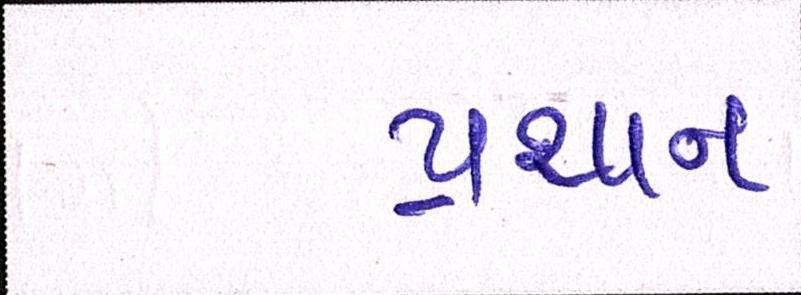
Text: પ્રથાન